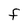
Character: F